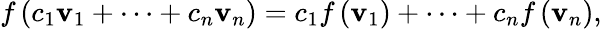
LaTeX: f\left(c_{1}\mathbf{v}_{1}+\cdots+c_{n}\mathbf{v}_{n}\right)=c_{1}f\left(\mathbf{v}_{1}\right)+\cdots+c_{n}f\left(\mathbf{v}_{n}\right),